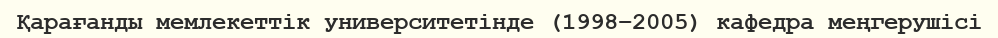
Қарағанды мемлекеттік университетінде (1998–2005) кафедра меңгерушісі